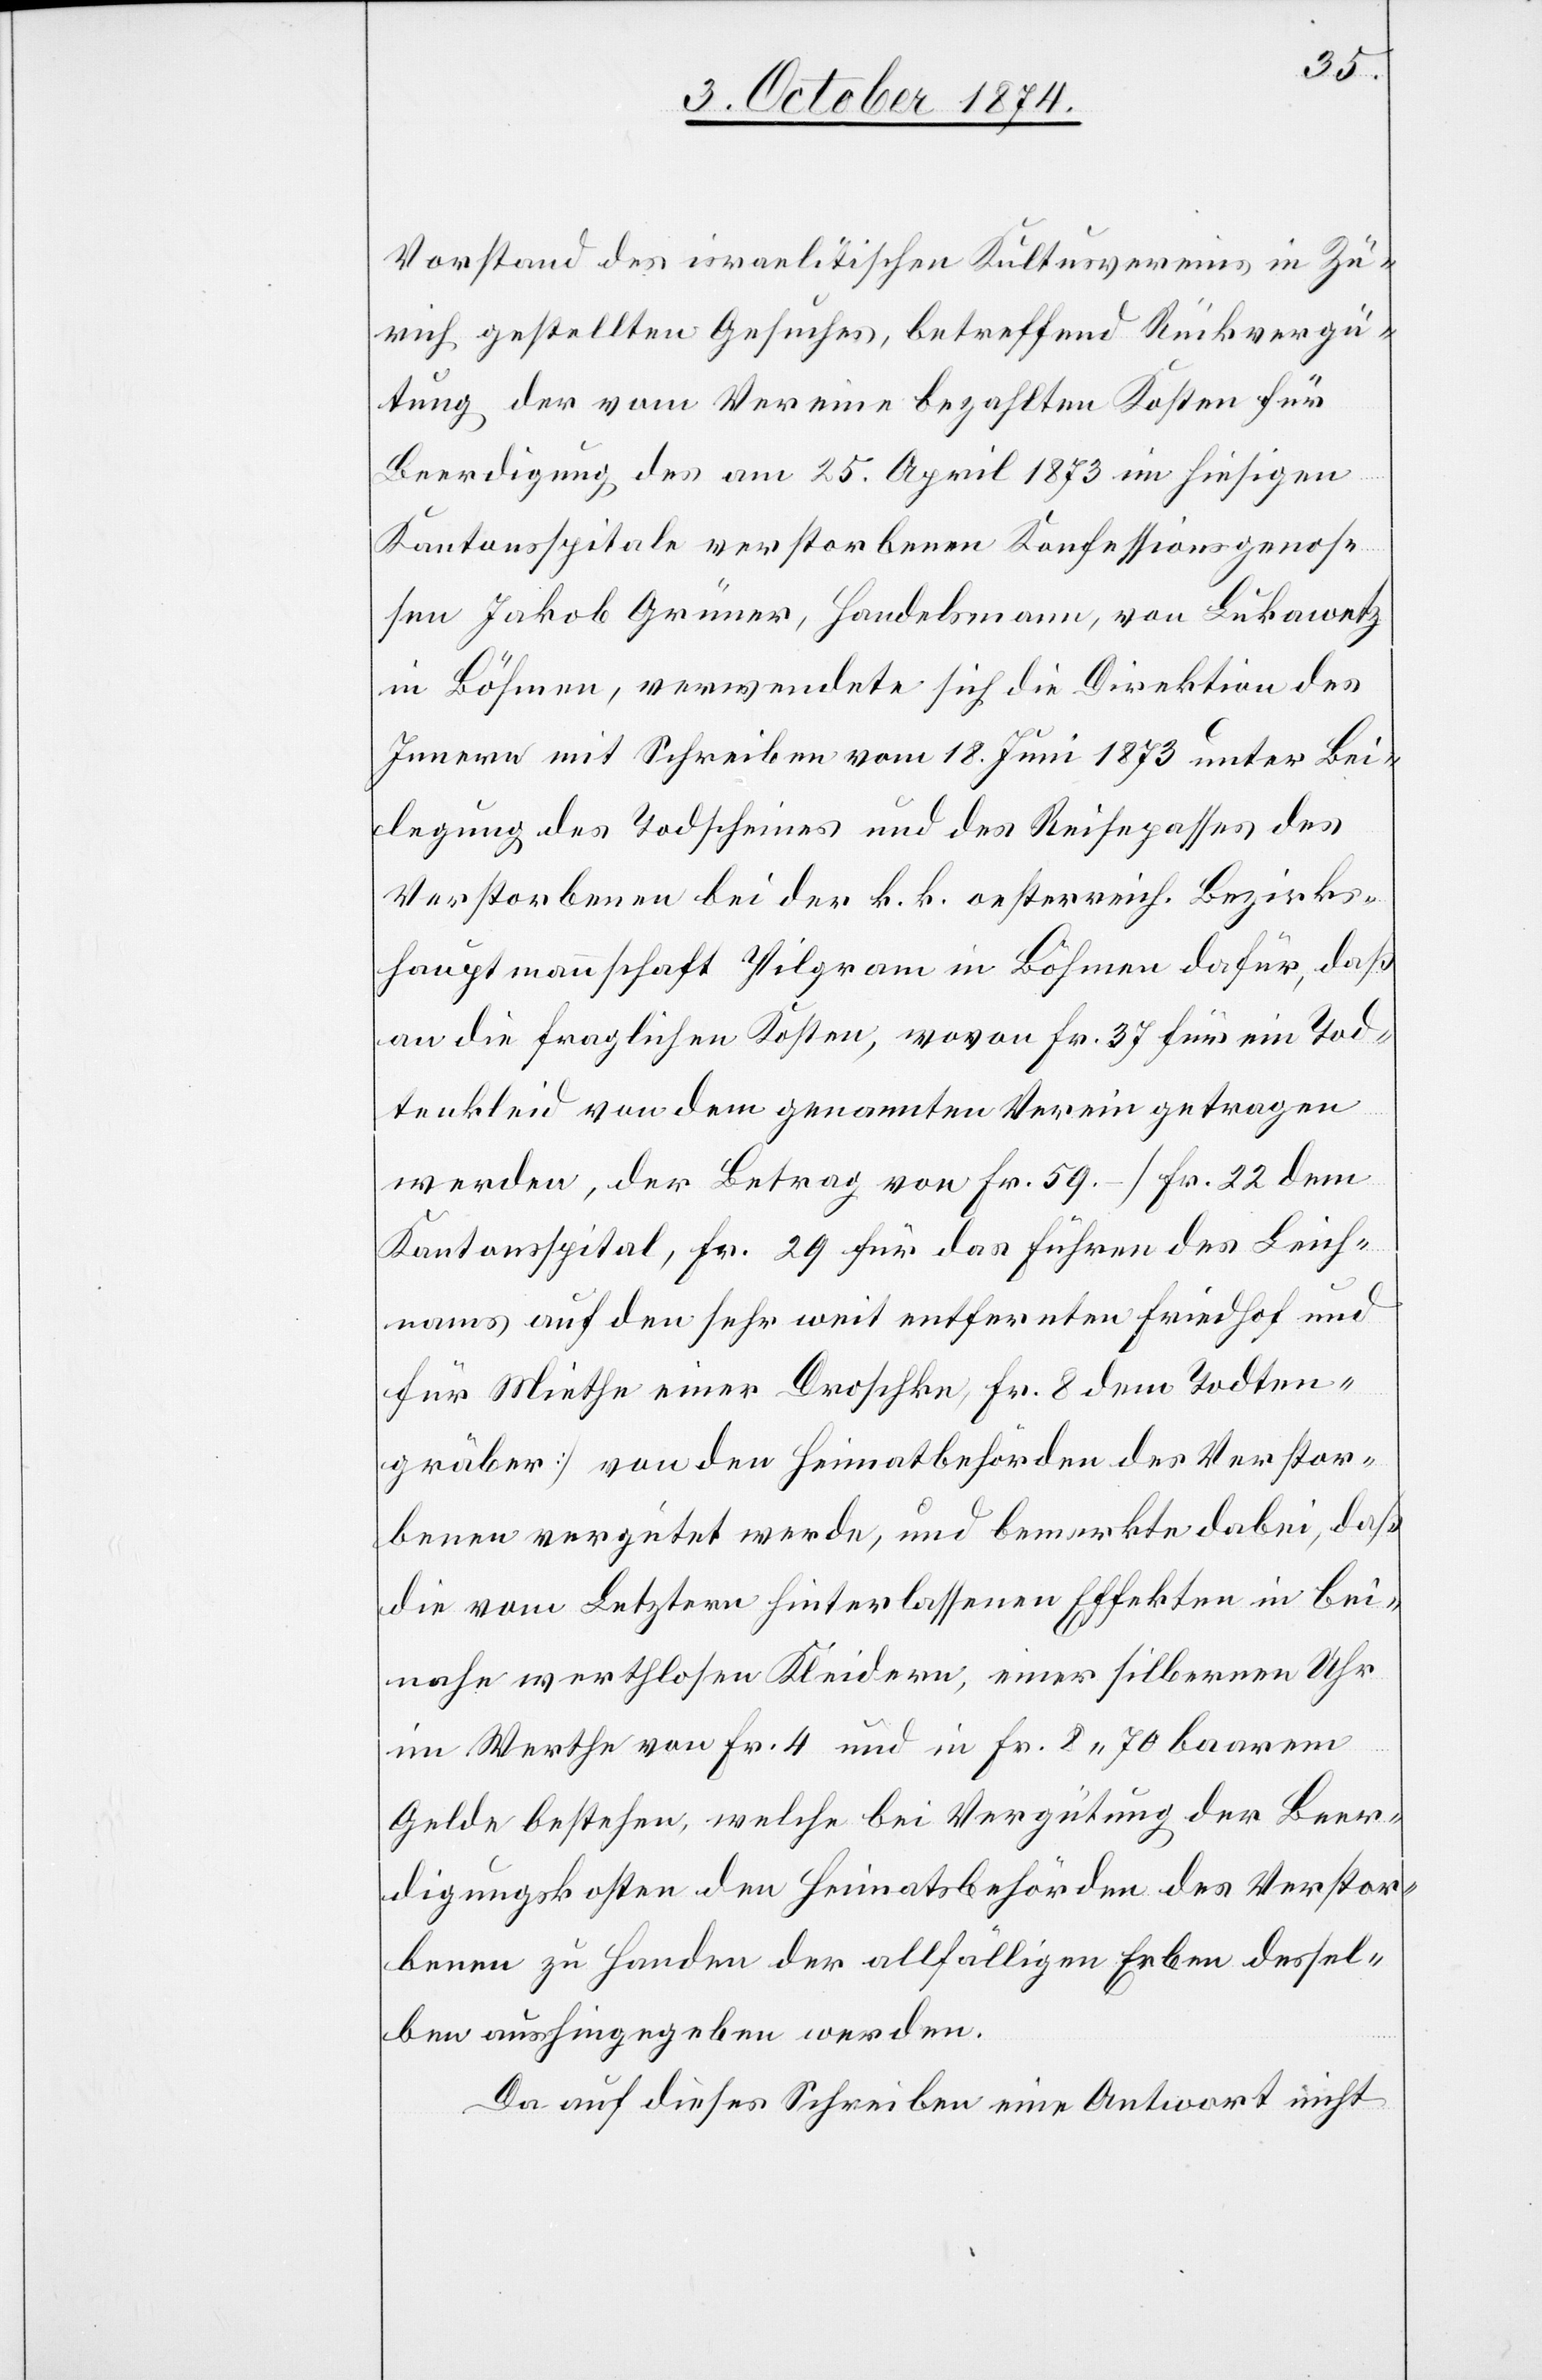
Vorstand des israelitischen Kultusvereins in Zü¬
rich gestellten Gesuches, betreffend Rückvergü¬
tung der vom Vereine bezahlten Kosten für
Beerdigung des am 25. April 1873 im hiesigen
Kantonsspitale verstorbenen Konfessionsgenos¬
sen Jakob Grüner, Handelsmann, von Lukawetz
in Böhmen, verwendete sich die Direktion des
Innern mit Schreiben vom 18. Juni 1873 unter Bei¬
legung des Todscheins und des Reisepasses des
Verstorbenen bei der k. k. oesterreich. Bezirks¬
hauptmannschaft Pilgram in Böhmen dafür, daß
an die fraglichen Kosten, wovon Fr. 37 für ein Tod¬
tenkleid von dem genannten Verein getragen
werden, der Betrag von Fr. 59.– [Fr. 22 dem
Kantonsspital, Fr. 29 für das Führen des Leich¬
nams auf den sehr weit entfernten Friedhof und
für Miethe einer Droschke, Fr. 8 dem Todten¬
gräber] von den Heimatbehörden des Verstor¬
benen vergütet werde, und bemerkte dabei, daß
die vom Letztern hinterlassenen Effekten in bei¬
nahe werthlosen Kleidern, einer silbernen Uhr
im Werthe von Fr. 4 und in Fr. 8.70 baarem
Gelde bestehen, welche bei Vergütung der Beer¬
digungskosten den Heimatsbehörden des Verstor¬
benen zu Handen der allfälligen Erben dessel¬
ben aushingegeben werden.
Da auf dieses Schreiben eine Antwort nicht